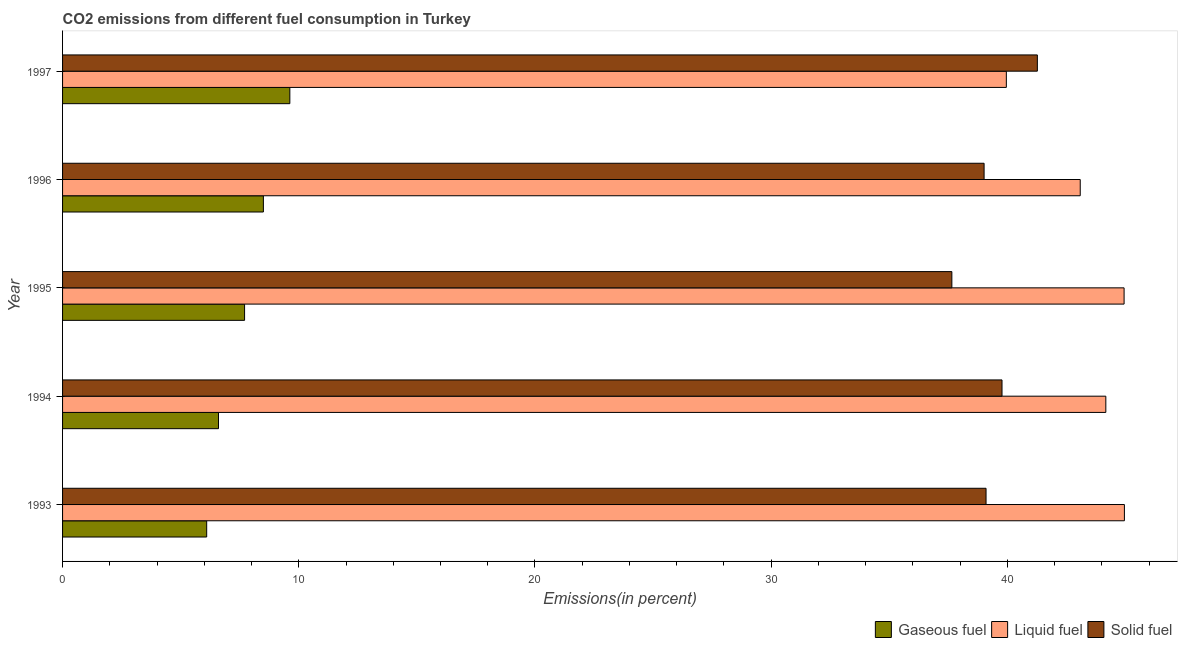
| Year | Gaseous fuel | Liquid fuel | Solid fuel |
 | --- | --- | --- | --- |
 | 1993 | 6.1 | 45 | 39.1 |
 | 1994 | 6.6 | 44.2 | 39.8 |
 | 1995 | 7.71 | 44.9 | 37.7 |
 | 1996 | 8.5 | 43.1 | 39 |
 | 1997 | 9.62 | 40 | 41.3 |